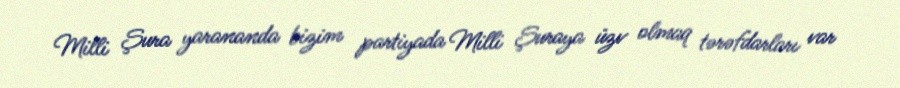
Milli Şura yarananda bizim partiyada Milli Şuraya üzv olmaq tərəfdarları var